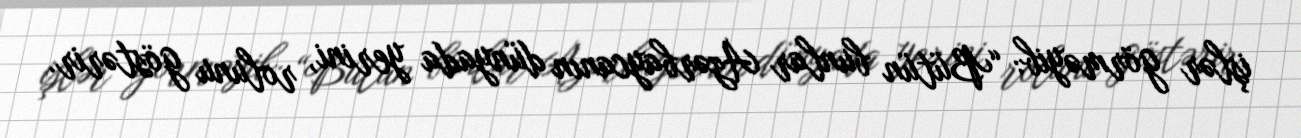
işlər görməyib: “Bütün bunlar Azərbaycanın dünyada yerini, rolunu göstərir.